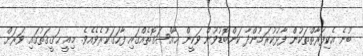
ބުނެ އެކިފަރާތްތަކުން ފާޅުކުރަމުންދާ ކަންބޮޑުވުން ވަކީން ޚާއްޞަގޮތެއްގައި ފާހަގަކުރެވެއެވެ. މިއީ ޙަޤީޤަތުގައި ވަރަށް